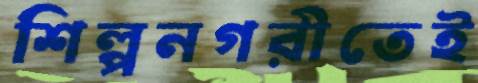
শিল্পনগরীতেই